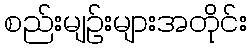
စည်းမျဉ်းများအတိုင်း